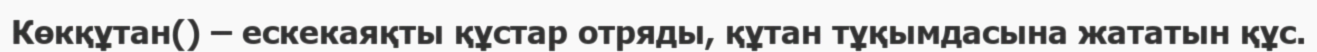
Көкқұтан() – ескекаяқты құстар отряды, құтан тұқымдасына жататын құс.